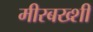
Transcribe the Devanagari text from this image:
मीरबख्शी